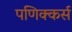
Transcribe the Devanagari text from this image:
पणिक्कर्स